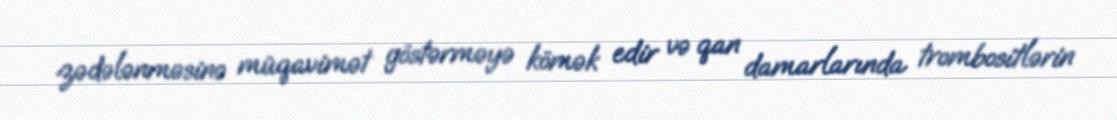
zədələnməsinə müqavimət göstərməyə kömək edir və qan damarlarında trombositlərin